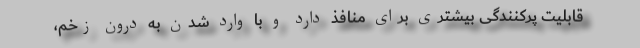
قابلیت پرکنندگی بیشتری برای منافذ دارد و با وارد شدن به درون زخم،